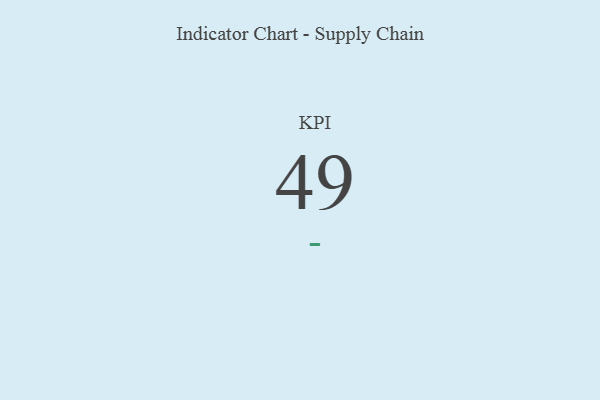
{"axis": {"x": "KPI", "y": "Value"}, "legend": [""], "data": [{"x": "KPI", "y": 49, "type": ""}]}